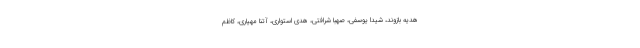
هدیه بازوند، شیدا یوسفی، صهبا شرافتی، هدی استواری، آتنا مهیاری، کاظم